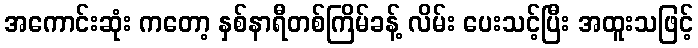
အကောင်းဆုံး ကတော့ နှစ်နာရီတစ်ကြိမ်ခန့် လိမ်း ပေးသင့်ပြီး အထူးသဖြင့်